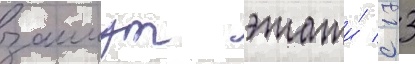
заимут этажи́ с 13